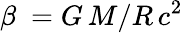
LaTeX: \beta\ =G\, M/R\, {c}^{2}